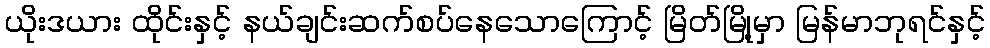
ယိုးဒယား ထိုင်းနှင့် နယ်ချင်းဆက်စပ်နေသောကြောင့် မြိတ်မြို့မှာ မြန်မာဘုရင်နှင့်